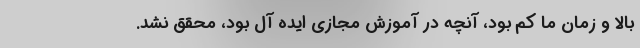
بالا و زمان ما کم بود، آنچه در آموزش مجازی ایده آل بود، محقق نشد.